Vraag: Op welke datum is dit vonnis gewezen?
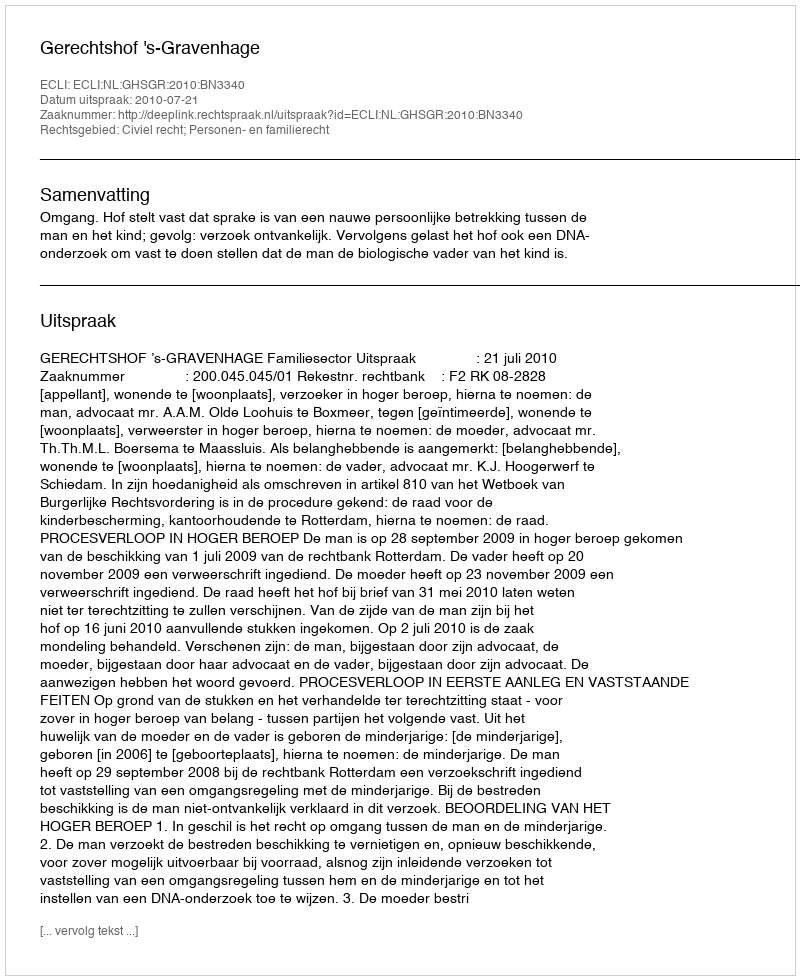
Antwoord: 2010-07-21